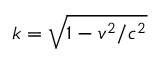
k = { \sqrt { 1 - v ^ { 2 } / c ^ { 2 } } }